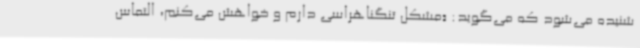
شنیده می‌شود که می‌گوید: «مشکل تنگناهراسی دارم و خواهش می‌کنم، التماس